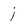
Character: j